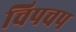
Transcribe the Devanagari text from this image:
चिपचप